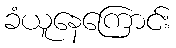
ခံယူနေကြောင်း